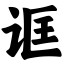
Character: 诓